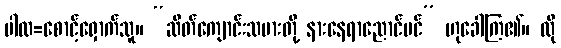
ပါလ=စောင့်ရှောက်သူ။ “ဆိတ်ကျောင်းသမားတို့ နားနေရာညောင်ပင်” ဟုခေါ်ကြ၏။ ထို